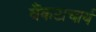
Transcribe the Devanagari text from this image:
वैंकटाचार्य